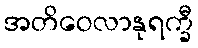
အတိဝေလာနုရက္ခီ